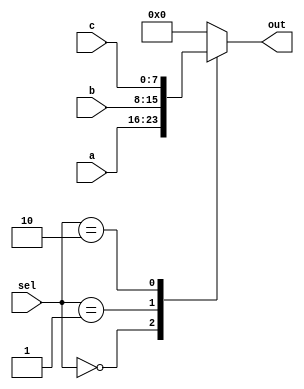
module mux3to1(a, b, c, sel, out);

    input [7:0] a, b, c;
    input [1:0] sel;
    output reg [7:0] out;
    
    always @(*) begin 
        case(sel)
            2'b00: out = a;    
            2'b01: out = b;    
            2'b10: out = c;    
            default: out = 7'b0; 
        endcase
    end

endmodule